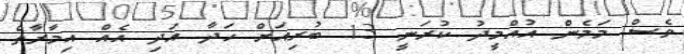
ވެސް މަމެން އުއްމީދު ކުރަނީ 13 ބުރިއަށް ހަދާ އަދި އެއް އިމާރާތް